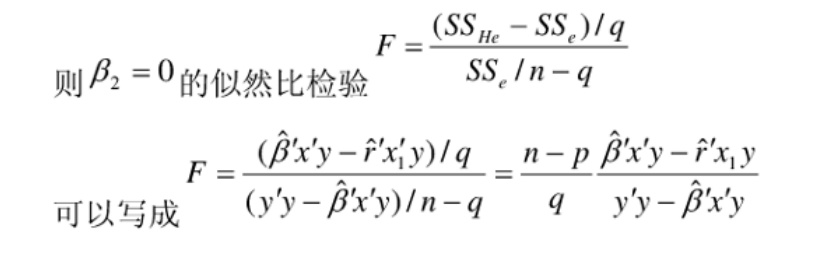
则\(\beta_{2} = 0\)的似然比检验
\[
F = \frac{(SS_{He} - SS_{e})/q}{SS_{e}/n - q}
\]
可以写成
\[
F = \frac{(\hat{\beta}'x'y - \hat{r}'x_{1}y)/q}{(y'y - \hat{\beta}'x'y)/n - q} = \frac{n - p}{q}\frac{\hat{\beta}'x'y - \hat{r}'x_{1}y}{y'y - \hat{\beta}'x'y}
\]